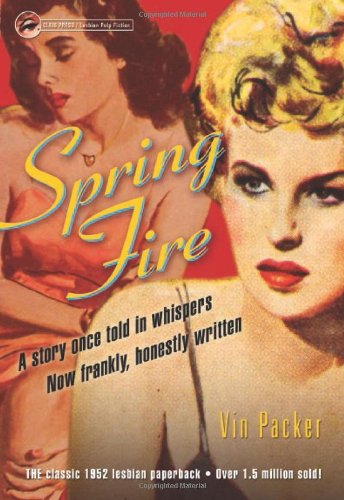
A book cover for Spring Fire (Lesbian Pulp Fiction); Vin Packer; Romance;